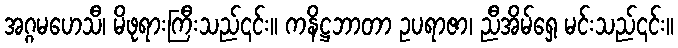
အဂ္ဂမဟေသီ၊ မိဖုရားကြီးသည်၎င်း။ ကနိဋ္ဌဘာတာ ဥပရာဇာ၊ ညီအိမ်ရှေ့ မင်းသည်၎င်း။